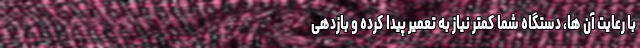
با رعایت آن ها، دستگاه شما کمتر نیاز به تعمیر پیدا کرده و بازدهی